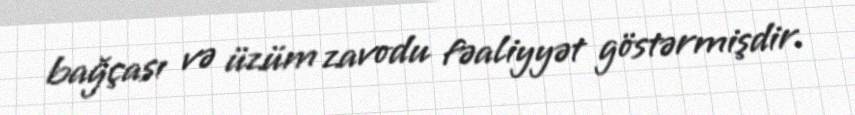
bağçası və üzüm zavodu fəaliyyət göstərmişdir.